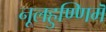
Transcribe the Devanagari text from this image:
नूलहुण्णिमॆ